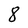
Character: 8